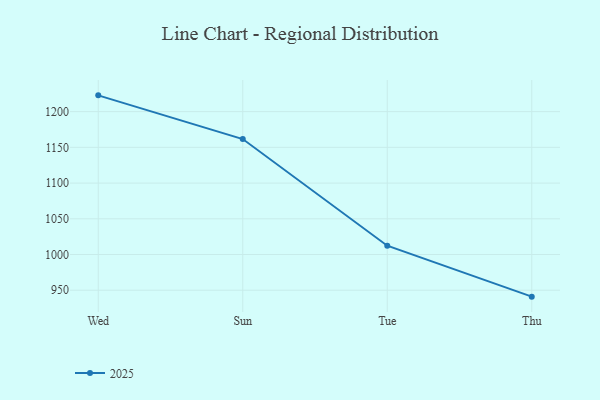
{"axis": {"x": "Day", "y": "Temperature (°C)"}, "legend": ["2025"], "data": [{"x": "Wed", "y": 1222.8, "type": "2025"}, {"x": "Sun", "y": 1161.6, "type": "2025"}, {"x": "Tue", "y": 1012.3, "type": "2025"}, {"x": "Thu", "y": 941.0, "type": "2025"}]}